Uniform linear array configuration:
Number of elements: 16
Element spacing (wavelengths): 0.75
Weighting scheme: hamming
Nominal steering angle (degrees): -30
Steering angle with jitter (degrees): -31.228
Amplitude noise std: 0.05
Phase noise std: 0.05

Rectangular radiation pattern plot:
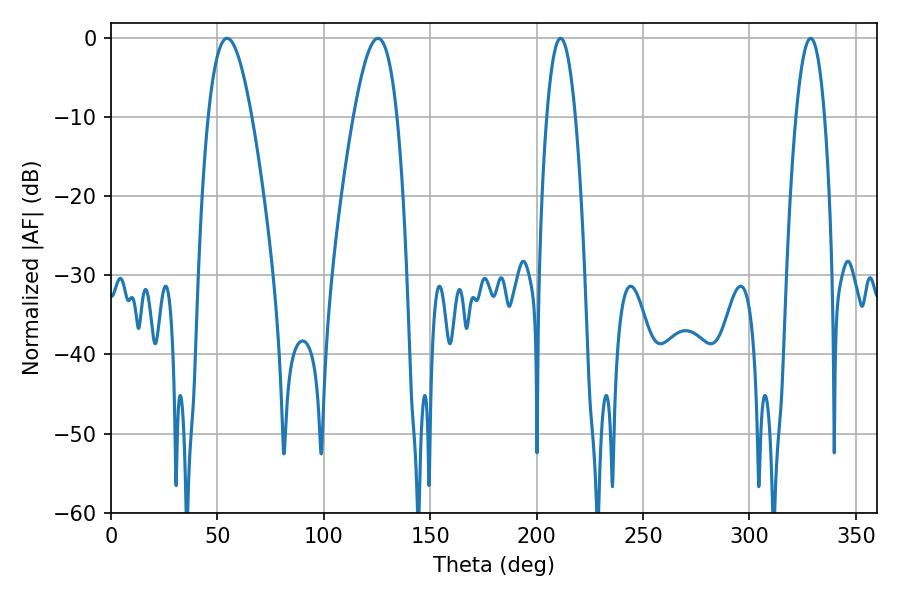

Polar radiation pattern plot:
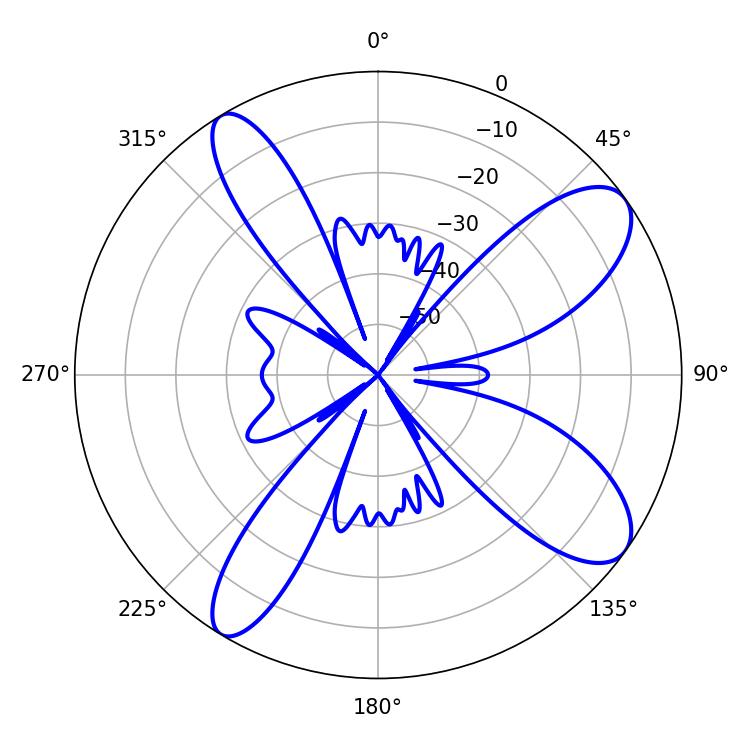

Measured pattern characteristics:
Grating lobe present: TRUE
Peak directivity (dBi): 10.007
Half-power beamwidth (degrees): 11.16
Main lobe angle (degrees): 54.54